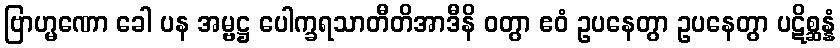
ဗြာဟ္မဏော ခေါ ပန အမ္ဗဋ္ဌ ပေါက္ခရသာတီတိအာဒီနိ ဝတွာ ဧဝံ ဥပနေတွာ ဥပနေတွာ ပဋိစ္ဆန္နံ